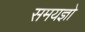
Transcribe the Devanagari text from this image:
समयज्ञो